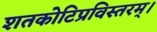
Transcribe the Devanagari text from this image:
शतकोटिप्रविस्तरम्‌।